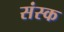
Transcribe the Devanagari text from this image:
संस्क